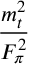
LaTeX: \frac { m _ { t } ^ { 2 } } { F _ { \pi } ^ { 2 } }